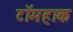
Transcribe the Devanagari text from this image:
टॉमहाक